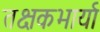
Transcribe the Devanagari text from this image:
तक्षकभार्या